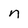
Character: n